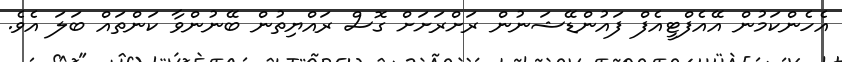
އެހެންކަމުން އޭއެފްޓީއެފް ފައުންޑޭޝަނުން ރަށްރަށަށް ގޮސް ރައްޔިތުން ބޭނުންވާ ކަންތައް ބަލަ އެވެ.